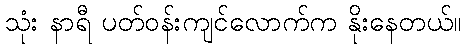
သုံး နာရီ ပတ်ဝန်းကျင်လောက်က နိုးနေတယ်။